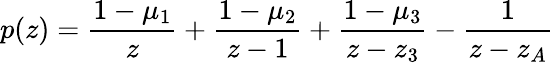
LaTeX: p(z)=\frac{1-\mu_{1}}{z}+\frac{1-\mu_{2}}{z-1}+\frac{1-\mu_{3}}{z-z_{3}}-\frac{1}{z-z_{A}}